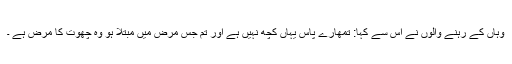
وہاں کے رہنے والوں نے اس سے کہا: تمھارے پاس یہاں کچھ نہیں ہے اور تم جس مرض میں مبتلا ہو وہ چھوت کا مرض ہے ۔